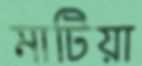
মাটিয়া